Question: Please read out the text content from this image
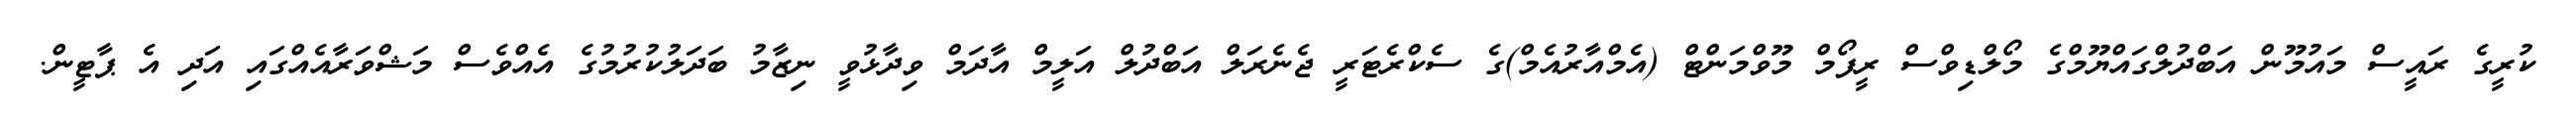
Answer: ކުރީގެ ރައީސް މައުމޫން އަބްދުލްގައްޔޫމްގެ މޯލްޑިވްސް ރީފޯމް މޫވްމަންޓް (އެމްއާރުއެމް)ގެ ސެކްރެޓަރީ ޖެނެރަލް އަބްދުލް އަލީމް އާދަމް ވިދާޅުވީ ނިޒާމު ބަދަލުކުރުމުގެ އެއްވެސް މަޝްވަރާއެއްގައި އަދި އެ ޕާޓީން.